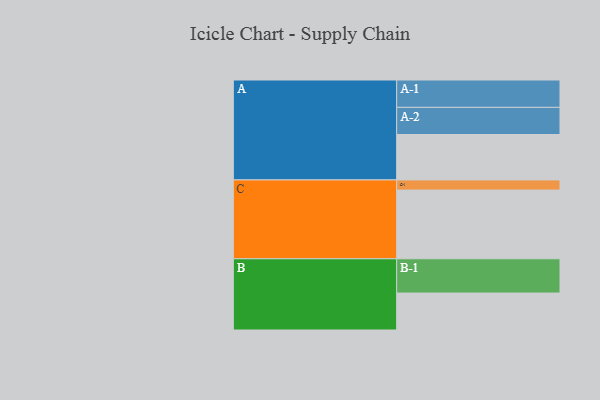
{"axis": {"x": "Segment", "y": "Value"}, "legend": ["", "A", "B", "C"], "data": [{"x": "A", "y": 375, "type": ""}, {"x": "B", "y": 305, "type": ""}, {"x": "C", "y": 567, "type": ""}, {"x": "A-1", "y": 226, "type": "A"}, {"x": "A-2", "y": 224, "type": "A"}, {"x": "B-1", "y": 283, "type": "B"}, {"x": "C-1", "y": 84, "type": "C"}]}